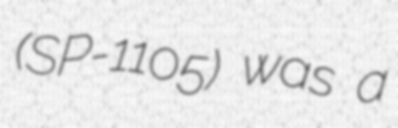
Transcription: (SP-1105) was a